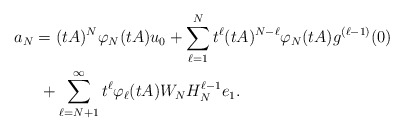
\begin{align*} \begin{aligned} a_N &= (tA)^N \varphi_N(tA) u_0 + \sum\limits_{\ell=1}^N t^\ell (tA)^{N-\ell} \varphi_N(t A) g^{(\ell-1)}(0) \\ & \,\, + \sum\limits_{\ell=N+1}^\infty t^\ell \varphi_\ell (t A) W_N H_N^{\ell-1} e_1.\end{aligned} \end{align*}